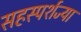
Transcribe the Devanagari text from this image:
सहस्पर्शज्या